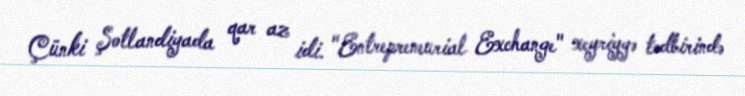
Çünki Şotlandiyada qar az idi. "Entrepreneurial Exchange" xeyriyyə tədbirində